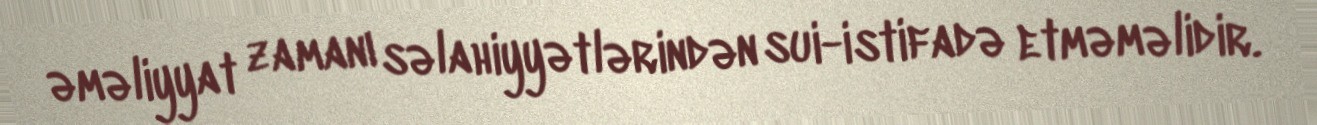
əməliyyat zamanı səlahiyyətlərindən sui-istifadə etməməlidir.